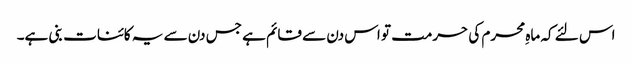
اس لئے کہ ماہِ محرم کی حرمت تو اس دن سے قائم ہے جس دن سے یہ کائنات بنی ہے۔